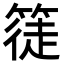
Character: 𥱰